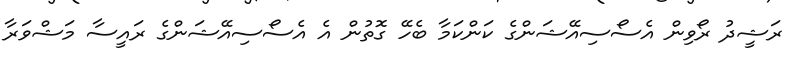
ރަޝީދު ރޯވިން އެސޯސިއޭޝަންގެ ކަންކަމާ ބެހޭ ގޮތުން އެ އެސޯސިއޭޝަންގެ ރައީސާ މަޝްވަރާ